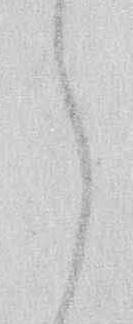
し